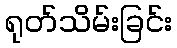
ရုတ်သိမ်းခြင်း